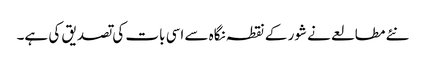
نئے مطالعے نے شور کے نقطہ نگاہ سے اسی بات کی تصدیق کی ہے۔